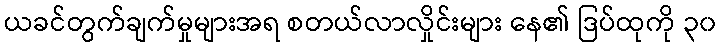
ယခင်တွက်ချက်မှုများအရ စတယ်လာလှိုင်းများ နေ၏ ဒြပ်ထုကို ၃၀